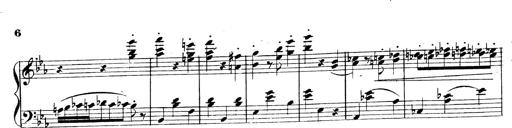
Title: 3 Caprices-Valses
Composer: Franz Liszt